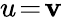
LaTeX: u\! =\! \mathbf{v}